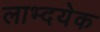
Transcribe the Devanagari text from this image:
लाभ्दयेक